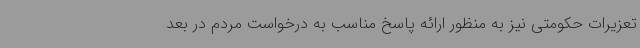
تعزیرات حکومتی نیز به منظور ارائه پاسخ مناسب به درخواست مردم در بعد